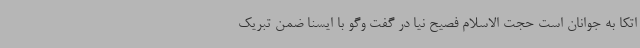
اتکا به جوانان است حجت الاسلام فصیح نیا در گفت وگو با ایسنا ضمن تبریک